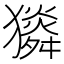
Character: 𤢯